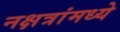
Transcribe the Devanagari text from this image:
नक्षत्रांमध्ये